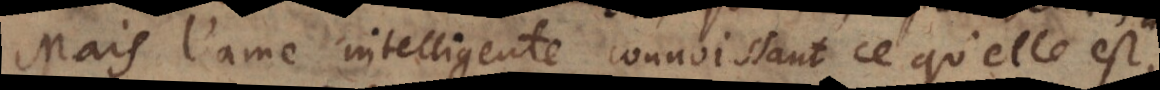
Mais l’ame intelligente, connoissant ce qu’elle est,